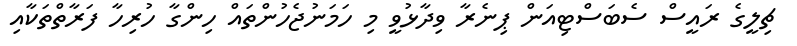
ޗިލީގެ ރައީސް ސެބަސްޓިއަން ޕިނެރާ ވިދާޅުވީ މި ހަމަނުޖެހުންތައް ހިންގާ ހުރިހާ ފަރާތްތަކާއި